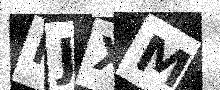
Text: MJXM